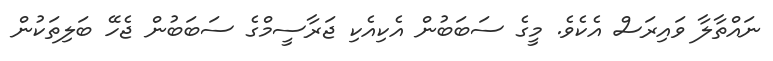
ނައްތާލާ ވައިރަސް އެކެވެ. މީގެ ސަބަބުން އެކިއެކި ޖަރާސީމްގެ ސަބަބުން ޖެހޭ ބަލިތަކުން